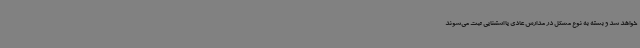
خواهد شد و بسته به نوع مشکل در مدارس عادی یا استثنایی ثبت می‌شوند